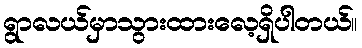
ရွာလယ်မှာသွားထားလေ့ရှိပါတယ်။